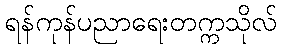
ရန်ကုန်ပညာရေးတက္ကသိုလ်